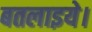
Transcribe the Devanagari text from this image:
बतलाइये।